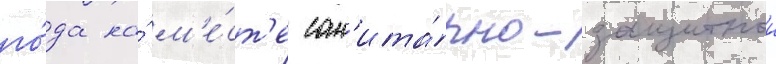
го́да на́ м'е́ст'е сан'ита́рно-защитнои